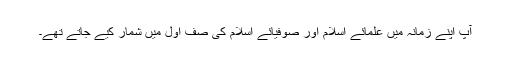
آپ اپنے زمانہ میں علمائے اسلام اور صوفیائے اسلام کی صف اول میں شمار کیے جاتے تھے۔